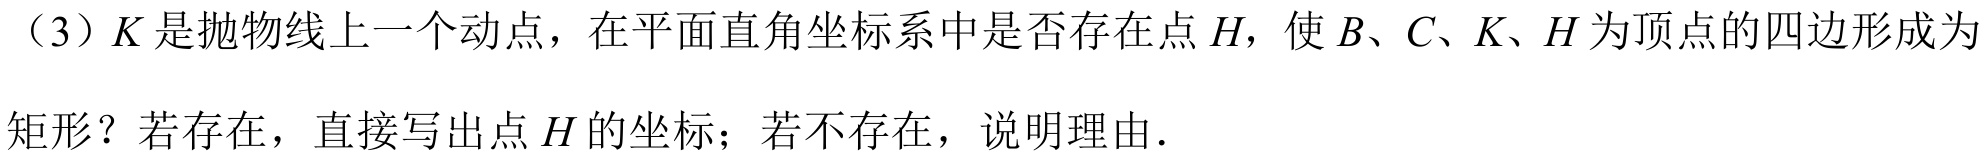
（3）\(K\)是抛物线上一个动点，在平面直角坐标系中是否存在点\(H\)，使\(B\)、\(C\)、\(K\)、\(H\)为顶点的四边形成为矩形？若存在，直接写出点\(H\)的坐标；若不存在，说明理由．